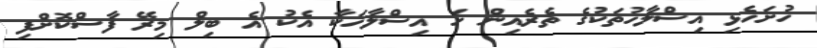
ހުށަހެޅި އިސްލާހުތަކުގެ ތެރެެއިން ހަ އިސްލާހަކާ އެކު އެ ބިލް މިރޭ ފާސްކޮށްފި